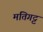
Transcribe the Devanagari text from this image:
मतिगट्ट